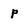
Character: p